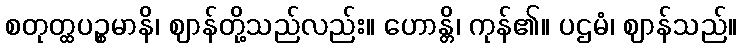
စတုတ္ထပဉ္စမာနိ၊ ဈာန်တို့သည်လည်း။ ဟောန္တိ၊ ကုန်၏။ ပဌမံ၊ ဈာန်သည်။